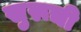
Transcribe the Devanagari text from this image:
सुरूची